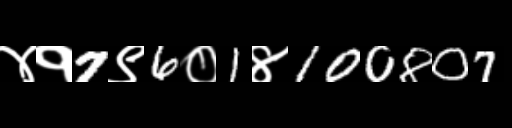
Text: ४१7९6०1४100807